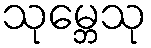
သုမ္ဘေသု